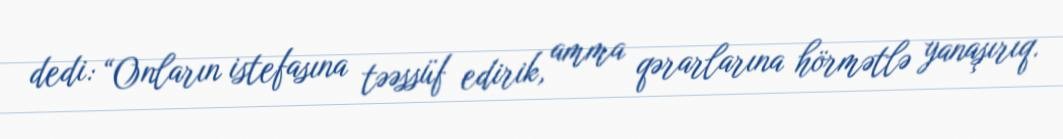
dedi: “Onların istefasına təəssüf edirik, amma qərarlarına hörmətlə yanaşırıq.